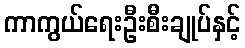
ကာကွယ်ရေးဦးစီးချုပ်နှင့်